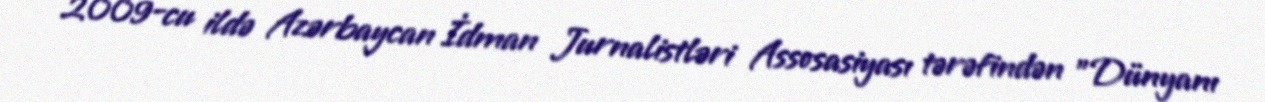
2009-cu ildə Azərbaycan İdman Jurnalistləri Assosasiyası tərəfindən "Dünyanı